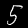
Label: 5